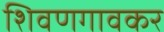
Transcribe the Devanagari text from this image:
शिवणगावकर